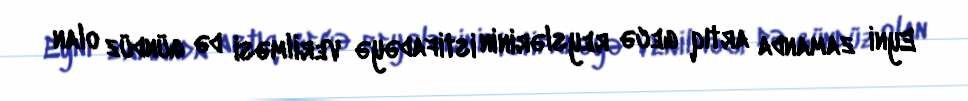
Eyni zamanda artıq gecə reyslərinin istifadəyə verilməsi də gündüz olan